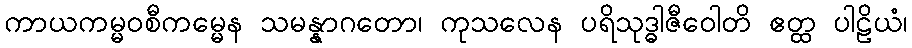
ကာယကမ္မဝစီကမ္မေန သမန္နာဂတော၊ ကုသလေန ပရိသုဒ္ဓါဇီဝေါတိ ဧတ္ထ ပါဠိယံ၊